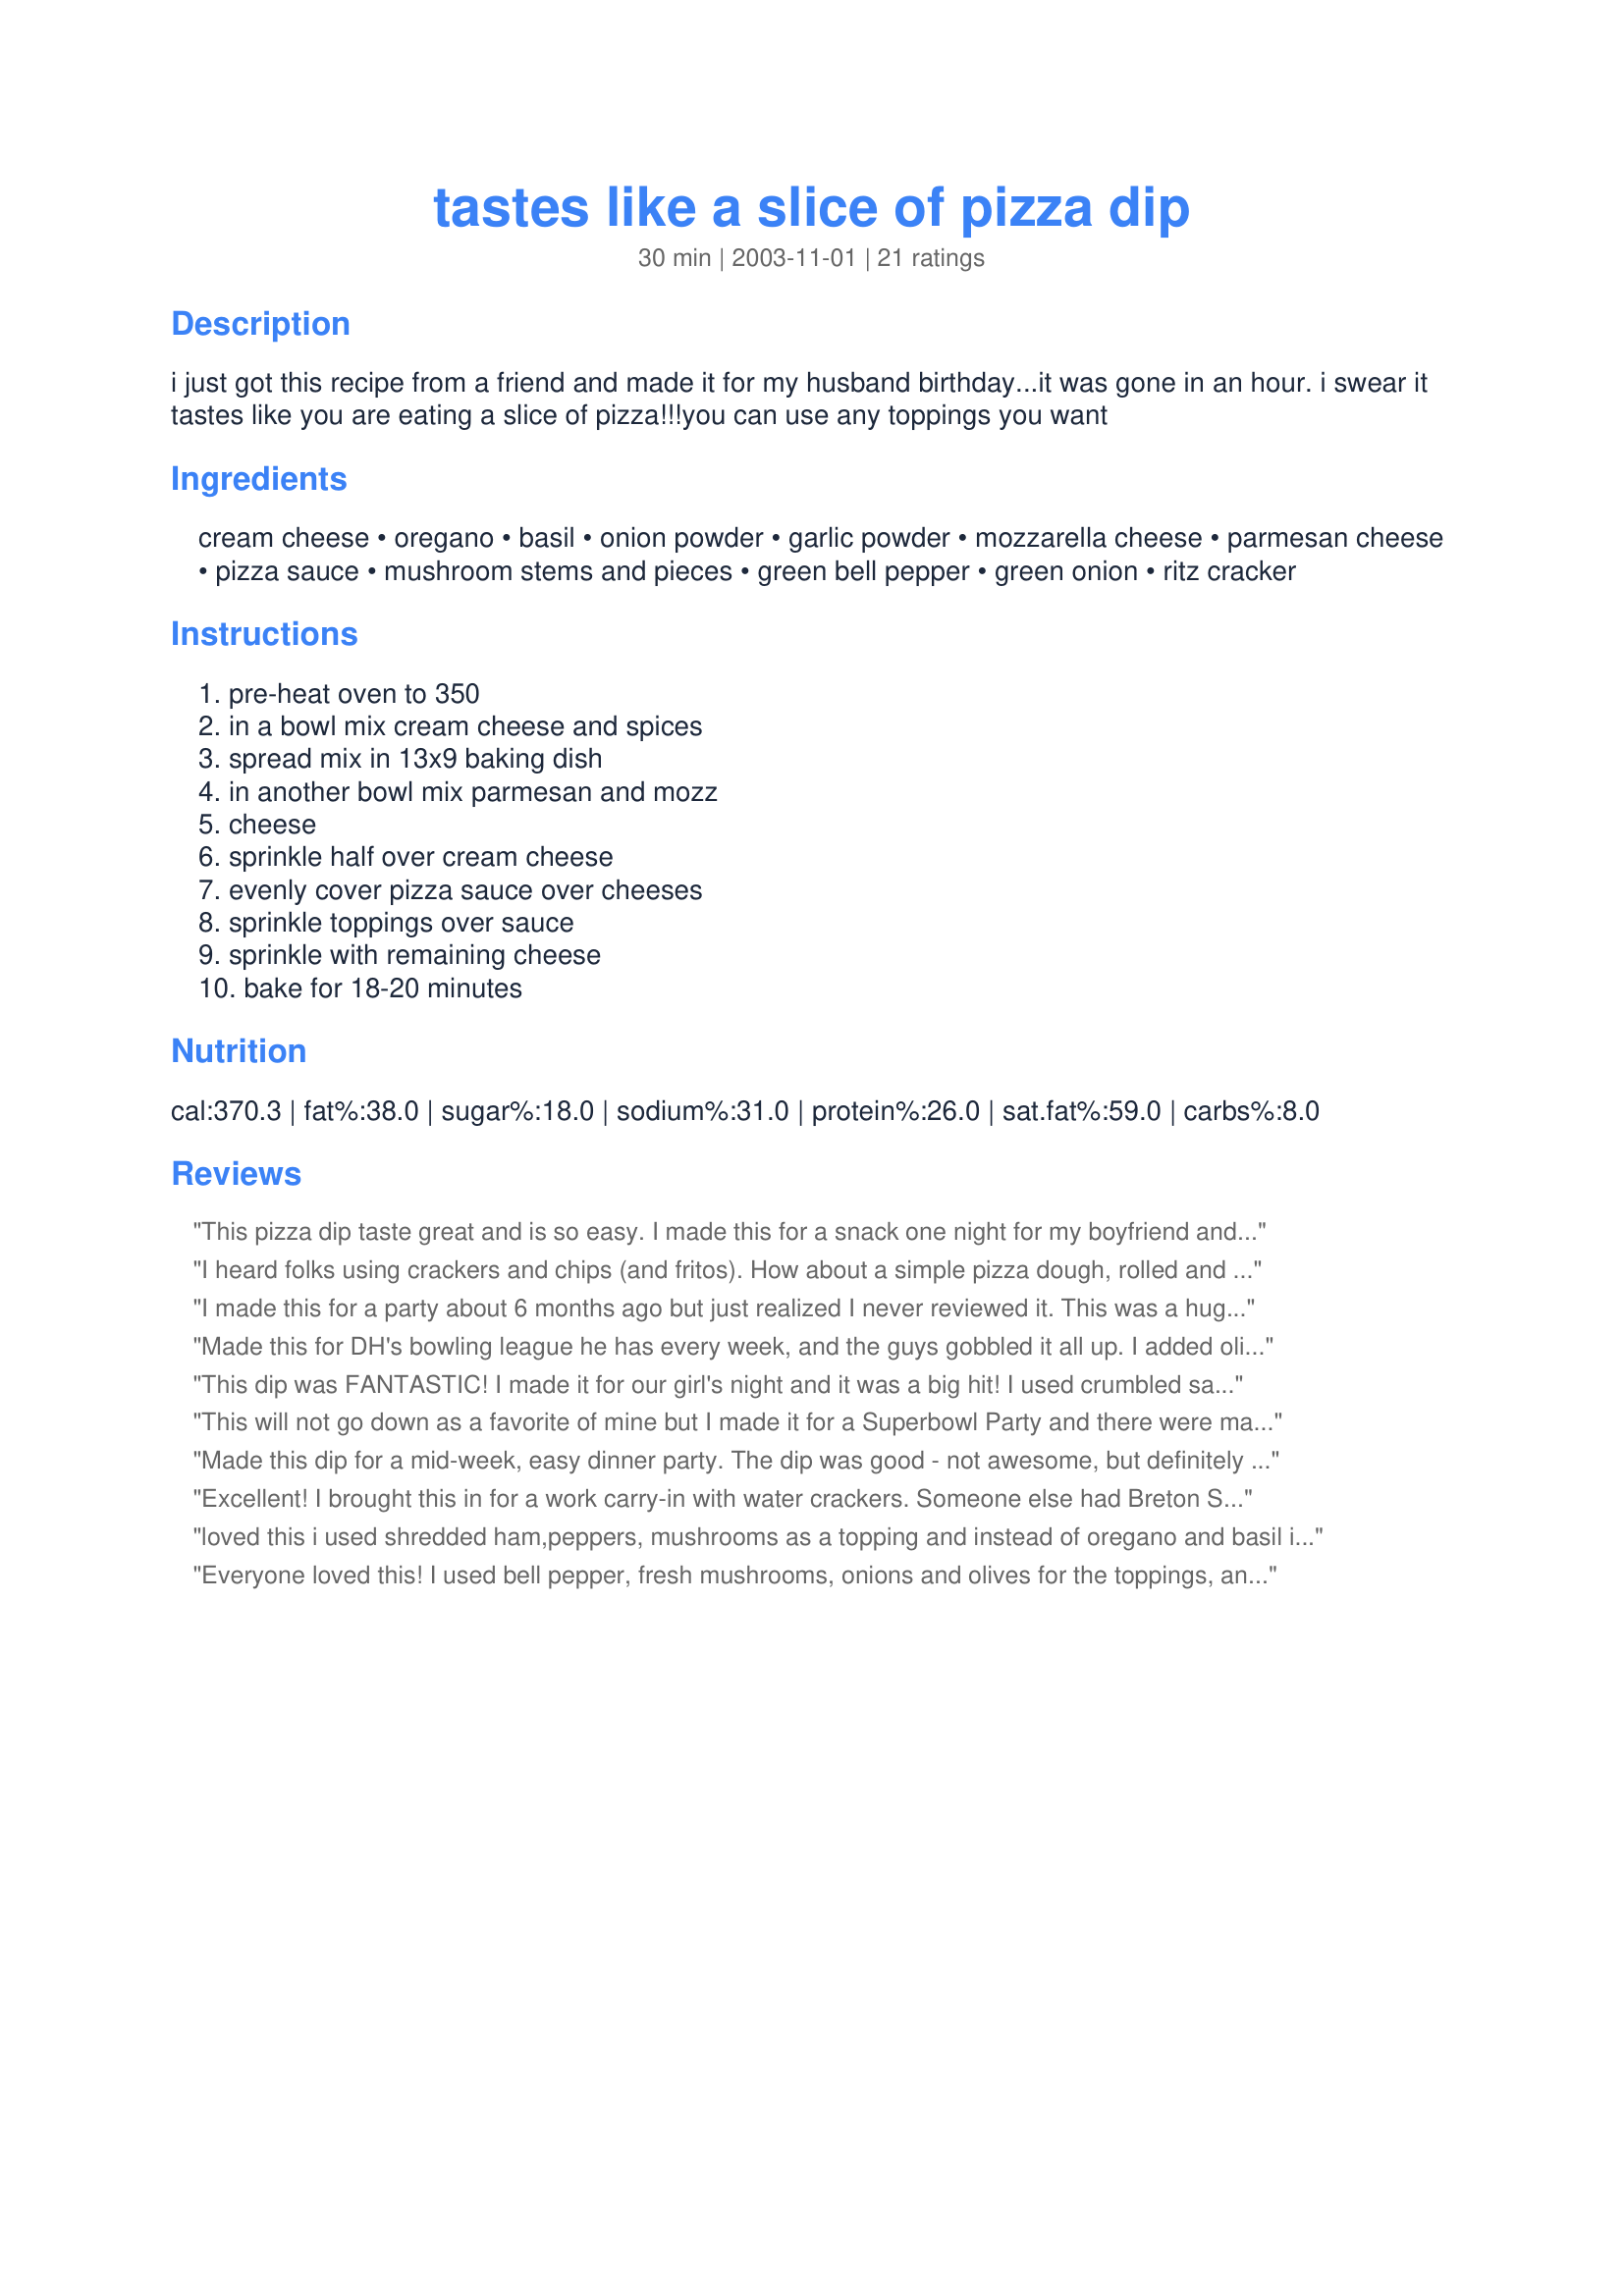
tastes like a slice of pizza dip
Preparation time: 30 minutes

i just got this recipe from a friend and made it for my husband birthday...it was gone in an hour. i swear it tastes like you are eating a slice of pizza!!!you can use any toppings you want

Ingredients:
cream cheese, oregano, basil, onion powder, garlic powder, mozzarella cheese, parmesan cheese, pizza sauce, mushroom stems and pieces, green bell pepper, green onion, ritz cracker

Steps:
pre-heat oven to 350, in a bowl mix cream cheese and spices, spread mix in 13x9 baking dish, in another bowl mix parmesan and mozz, cheese, sprinkle half over cream cheese, evenly cover pizza sauce over cheeses, sprinkle toppings over sauce, sprinkle with remaining cheese, bake for 18-20 minutes

Reviews:
This pizza dip taste great and is so easy. I made this for a snack one night for my boyfriend and his friends and it was gone in 10 minutes. They loved it and keep asking me to make it agein. Thanks for the recipe.
I heard folks using crackers and chips (and fritos). How about a simple pizza dough, rolled and brushed with olive oil, garlic and basil. cooked in the oven until brown, then cut into segments for dipping? It would be like a deconstructed pizza.
I made this for a party about 6 months ago but just realized I never reviewed it. This was a huge hit! I left out the mushrooms but otherwise made it as written. I originally had planned to serve it with baguette slices but ran out of time, so I just used the Ritz crackers. It made it taste sort of like a thin crust pizza, which is my favorite. And apparently everyone else agreed, because there was not a bit of this dip left. It's a keeper!
Made this for DH's bowling league he has every week, and the guys gobbled it all up. I added olives as an additional topping and served it with the scoop chips. and it came out great! Will make it again soon! =)
This dip was FANTASTIC! I made it for our girl's night and it was a big hit! I used crumbled sausage and green peppers for the topping, and we ate it with think Bistro crackers. Thanks!
This will not go down as a favorite of mine but I made it for a Superbowl Party and there were many people that really enjoyed it. A friend of mine even spread some over a chicken tender and said it taste like Chicken Parmesan.
Made this dip for a mid-week, easy dinner party. The dip was good - not awesome, but definitely good. It definitely tastes like pizza and was very unique. Thank you for a different recipe. It was nice to mix it up and have something new and unique to make. I will definitely make it again and try it with different chips and perhaps breadsticks.
Excellent! I brought this in for a work carry-in with water crackers. Someone else had Breton Sesame crackers that worked out much better. Tasted just like mini pizzas. In addition to the mushrooms, onions, and peppers, I added black olives and pepperoni. Next time I make it for myself, I'll add more spices to jazz it up more. I also want to try Bill's suggestion on the pizza dough. The possibilities are endless. I can see making a lettuce salad and serving these along side as an easy lunch. Thanks, Bri! This is a definate keeper!
loved this i used shredded ham,peppers, mushrooms as a topping and instead of oregano and basil i used italian seasoning.
everyone loved it thanks for the great recipe Bri22 i will definitely making this again
Everyone loved this! I used bell pepper, fresh mushrooms, onions and olives for the toppings, and I doubled the spices. I also divided this in half and put ground beef and pepperoni in one half, leaving the other half meatless. We used several different types of crackers, tortilla chips, and potato chips - it was great with all of them. Thank you!
I made this for a friends baby shower, and got rave reviews! I made exactly as directed and it turned out great! I had people asking for the recipe all day long. Next time I may add pepperoni or sausage. Thank you for sharing!
Iam going to update my rating by still giving it 5 stars. I made it for a bridal shower last night and added raw onions and ground beef, along with cheese, green peppers and pizza sauce. I only put it in the oven for about 7 minutes, then served with ritz crackers. Everyone made a dip for the party for some reason, all 30 of them, but mine disappeared in 5 minutes!!! A+++++++
This is very good. My son made it for New Years Eve and everyone loved it. It's very easy to make as my son is 15 and had no problems. Highly recommended.
This is good. But it gets less good and harder to eat and dip as it cools down. I made a regular cheese and pepperoni one and a supreme one with green peppers, olives, mushrooms and pepperoni. Both went well. I served them with toasted, garlic bread baguette slices.
I followed the recipe, except I omitted the mushrooms. It was delicious and very flavorful! I served it with Ritz as suggested, but also had made little toasts out of french bread and garlic infused olive oil. I liked it with the bread best, but I also ate it on tostitos and it was good that way also. It was a hit at the Superbowl Party. Thanks for sharing your recipe Bri22!
This was awesome! I made it today for a SuperBowl party. I used the Ultimate Pizza Sauce recipe (#114392) instead of a jar of stuff, and I used fresh mushrooms instead of canned. By "I used" I mean I got the ingredients out and told my 14yo son to put it together. It came out absolutely awesome! The adults didn't even get much because the kids hogged it all. This is a definite keeper dip.

We had some fresh veggies to use for dippers, but we also followed someone else's suggestion of slicing up pizza crust dough into breadsticks that we use for dipping. Those did end up being the most popular item.
This was absolutely yummy. It was gone within half an hour. I substituted the toppings and used mushrooms, pepperoni and sausage in addition to the green onions. I served it with Fritos Scoops. Awesome.
YUM! i make this for a cocktail party and everyone raved about it. I used fresh finely chopped mushrooms along with fresh tomatoes and finely chopped ham as toppings. I left out the bell pepper and green onion. The ritz cracjers went really well with the dip. Next time i am going to experiment and make Hawiian(ham and pineapple) and surpreme pizza dips!
Excellent dip - I made it for my New Year's Eve party this year and everyone really like it. I'll be keeping it for future parties - different and good.

This was a great recipe!!! I found it only 2 hours before a party I was having...quick and very easy...It was a HUGE hit at the function. I am having another Party this weekend and I will be adding this to my previously planned menu!!!
This dip is excellent. I used green peppers and extra cheese for my toppings. Great flavor and couldn't be easier to make. Thanks so much for posting! I will be making this again for sure.
